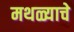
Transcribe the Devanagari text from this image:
मथळ्याचे